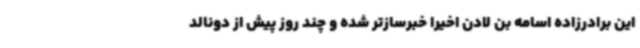
این برادرزاده اسامه بن لادن اخیرا خبرسازتر شده و چند روز پیش از دونالد